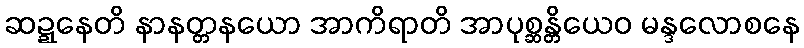
ဆဍ္ဍနေတိ နာနတ္တနယော အာကိရာတိ အာပုစ္ဆန္တိယေဝ မန္ဒလောစနေ